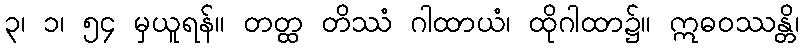
၃၊ ၁၊ ၅၄ မှယူရန်။ တတ္ထ တိဿံ ဂါထာယံ၊ ထိုဂါထာ၌။ ဣဓဝဿန္တိ၊